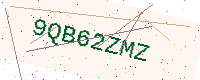
Text: 9QB62ZMZ